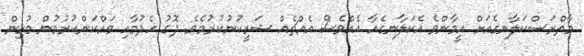
މާތްރަސްކަލާނގެއަށް އީމާންވެ އެކަލާނގެއާ އެއްވެސް އެއްޗެއް ޝަރީކުނުކުރުމެވެ. ދޮގު ހެދުމާއި ވައްކަންކުރުމުން މުޅިން